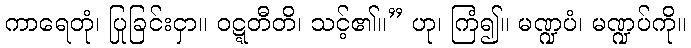
ကာရေတုံ၊ ပြုခြင်းငှာ။ ဝဋ္ဋတီတိ၊ သင့်၏။” ဟု၊ ကြံ၍။ မဏ္ဍပံ၊ မဏ္ဍပ်ကို။